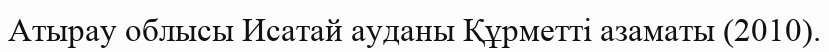
Атырау облысы Исатай ауданы Құрметті азаматы (2010).